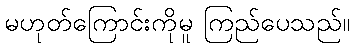
မဟုတ်ကြောင်းကိုမူ ကြည်ပေသည်။